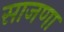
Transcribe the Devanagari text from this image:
साजणा